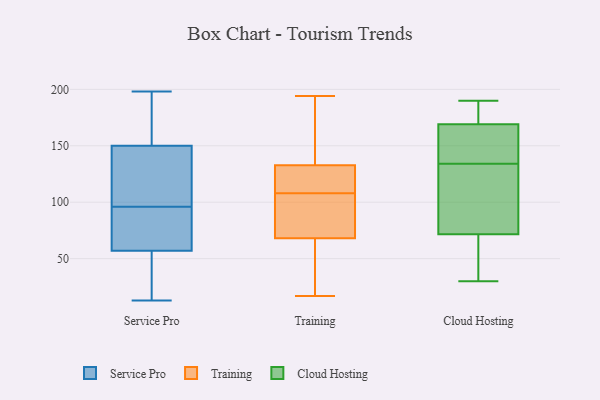
{"axis": {"x": "Backlog", "y": "Value"}, "legend": ["Cloud Hosting", "Service Pro", "Training"], "data": [{"x": "", "y": 179, "type": "Service Pro"}, {"x": "", "y": 134, "type": "Service Pro"}, {"x": "", "y": 81, "type": "Service Pro"}, {"x": "", "y": 150, "type": "Service Pro"}, {"x": "", "y": 97, "type": "Service Pro"}, {"x": "", "y": 92, "type": "Service Pro"}, {"x": "", "y": 57, "type": "Service Pro"}, {"x": "", "y": 198, "type": "Service Pro"}, {"x": "", "y": 95, "type": "Service Pro"}, {"x": "", "y": 13, "type": "Service Pro"}, {"x": "", "y": 114, "type": "Service Pro"}, {"x": "", "y": 190, "type": "Service Pro"}, {"x": "", "y": 35, "type": "Service Pro"}, {"x": "", "y": 157, "type": "Service Pro"}, {"x": "", "y": 55, "type": "Service Pro"}, {"x": "", "y": 109, "type": "Service Pro"}, {"x": "", "y": 93, "type": "Service Pro"}, {"x": "", "y": 56, "type": "Service Pro"}, {"x": "", "y": 63, "type": "Training"}, {"x": "", "y": 86, "type": "Training"}, {"x": "", "y": 108, "type": "Training"}, {"x": "", "y": 110, "type": "Training"}, {"x": "", "y": 17, "type": "Training"}, {"x": "", "y": 150, "type": "Training"}, {"x": "", "y": 83, "type": "Training"}, {"x": "", "y": 135, "type": "Training"}, {"x": "", "y": 194, "type": "Training"}, {"x": "", "y": 126, "type": "Training"}, {"x": "", "y": 22, "type": "Training"}, {"x": "", "y": 190, "type": "Cloud Hosting"}, {"x": "", "y": 42, "type": "Cloud Hosting"}, {"x": "", "y": 127, "type": "Cloud Hosting"}, {"x": "", "y": 141, "type": "Cloud Hosting"}, {"x": "", "y": 165, "type": "Cloud Hosting"}, {"x": "", "y": 67, "type": "Cloud Hosting"}, {"x": "", "y": 173, "type": "Cloud Hosting"}, {"x": "", "y": 30, "type": "Cloud Hosting"}, {"x": "", "y": 102, "type": "Cloud Hosting"}, {"x": "", "y": 184, "type": "Cloud Hosting"}, {"x": "", "y": 153, "type": "Cloud Hosting"}, {"x": "", "y": 76, "type": "Cloud Hosting"}]}